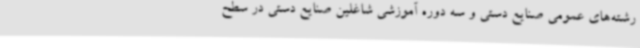
رشته‌های عمومی صنایع دستی و سه دوره آموزشی شاغلین صنایع دستی در سطح